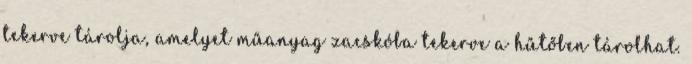
tekerve tárolja, amelyet műanyag zacskóba tekerve a hűtőben tárolhat.